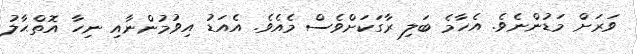
ވަރަށް މަޑުންނެވެ. އެހާމެ ބަލި ރާގަކަށްވެސް މެއެވެ. އެއަޑު އިވުމުންނާއި ނިހާ އޮތްޙާލު